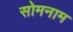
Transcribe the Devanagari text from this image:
सोमनाम